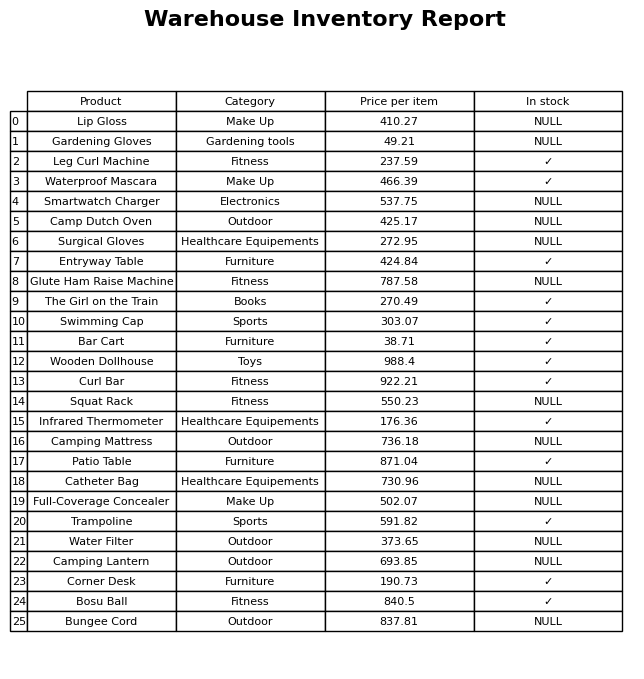
question: What category does the Waterproof Mascara belong to?
answer: Make Up